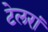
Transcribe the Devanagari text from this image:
टेलरां